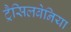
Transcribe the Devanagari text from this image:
ट्रैसिलबेनिया